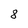
Character: 8